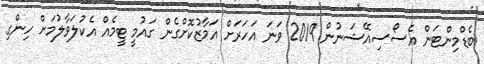
ބެޑްމިންޓަން އެސޯސިއޭޝަނުން 2019 ވަނަ އަހަރަށް އަމާޒުކޮށްގެން ގައުމީ ޓީމެއް އެކުލަވާލުމަށް ހިންގި